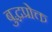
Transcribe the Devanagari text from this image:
बुद्धप्रोक्त